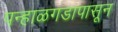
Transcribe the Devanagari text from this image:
पन्हाळगडापासून